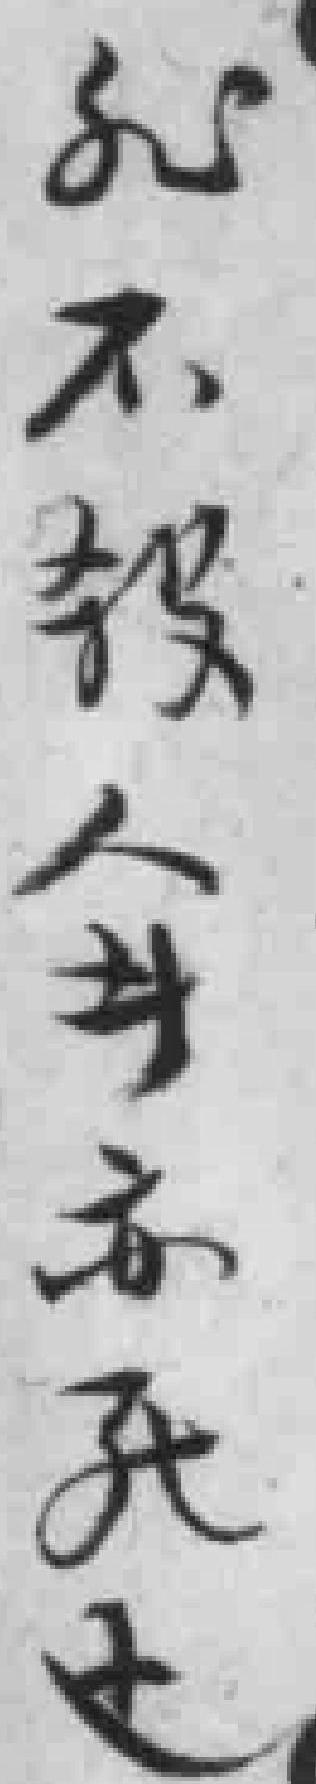
*不殺人者亦死也